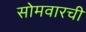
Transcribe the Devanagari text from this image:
सोमवारची